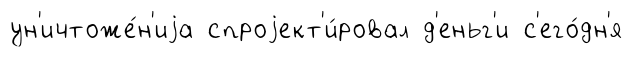
ун'ичтоже́н'иjа спроjект'и́ровал д'еньг'и с'его́дн'я